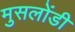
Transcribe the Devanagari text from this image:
मुसलोंडी